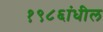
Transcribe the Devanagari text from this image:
१९८६ांधील